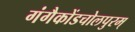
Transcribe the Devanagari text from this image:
गंगैकोंडचोलपुरम्